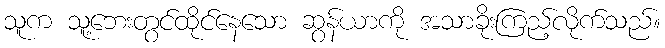
သူက သူ့ဘေးတွင်ထိုင်နေသော ဆွန်ယာကို အသာခိုးကြည့်လိုက်သည်။